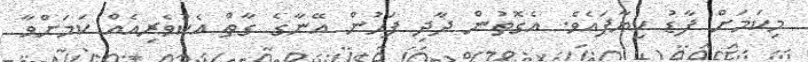
މިކަމަށް ފާޑު ކިޔާފައެވެ. އެގޮތުން ދާދި ފަހުން އޭނާގެ ގާތް އެކުވެރިއެއް ކަމަށްވާ